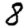
Digit: 8